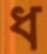
ধ